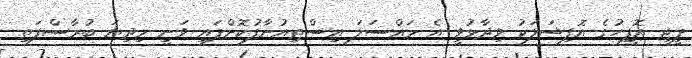
ޕީޖީ އޮފީހުގެ އޮފިޝަލަކު ވިދާޅުވީ އެ މައްސަލަ އިސްތިއުނާފުކޮށްފައި ވަނީ މިދިޔަ ބުރާސްފަތި